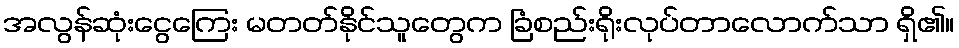
အလွန်ဆုံးငွေကြေး မတတ်နိုင်သူတွေက ခြံစည်းရိုးလုပ်တာလောက်သာ ရှိ၏။